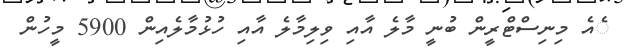
ެއެ މިނިސްޓްރީން ބުނީ މާލެ އާއި ވިލިމާލެ އާއި ހުޅުމާލެއިން 5900 މީހުން